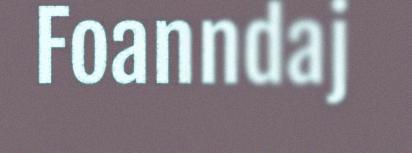
Foanndaj